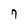
Character: 7